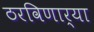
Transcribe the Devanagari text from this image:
ठरविणार्‍या